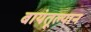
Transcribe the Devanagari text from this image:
बायंतूल्यान